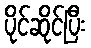
ပိုင်ဆိုင်ပြီး